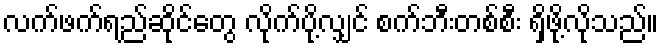
လက်ဖက်ရည်ဆိုင်တွေ လိုက်ပို့လျှင် စက်ဘီးတစ်စီး ရှိဖို့လိုသည်။